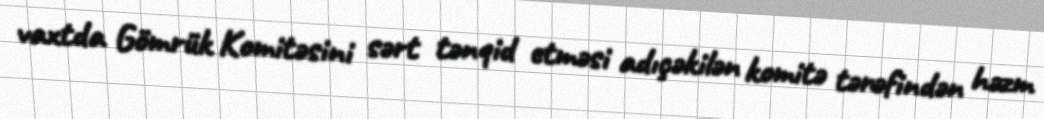
vaxtda Gömrük Komitəsini sərt tənqid etməsi adıçəkilən komitə tərəfindən həzm